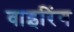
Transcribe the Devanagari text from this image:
वाइरिंग